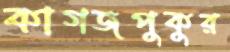
কাগজপুকুর